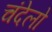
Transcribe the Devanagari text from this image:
चंदेलो